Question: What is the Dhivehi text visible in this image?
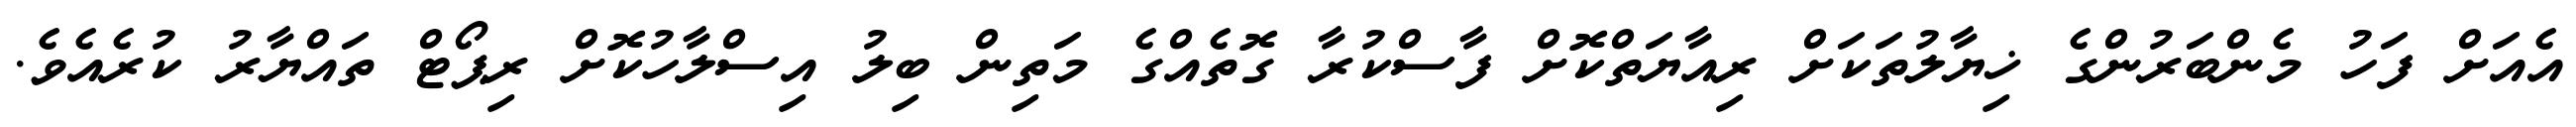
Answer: އެއަށް ފަހު މެންބަރުންގެ ޚިޔާލުތަކަށް ރިއާޔަތްކޮށް ފާސްކުރާ ގޮތެއްގެ މަތިން ބިލު އިސްލާހުކޮށް ރިޕޯޓް ތައްޔާރު ކުރެއެވެ.